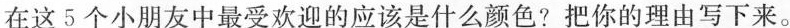
在这5个小朋友中最受欢迎的应该是什么颜色?把你的理由写下来。